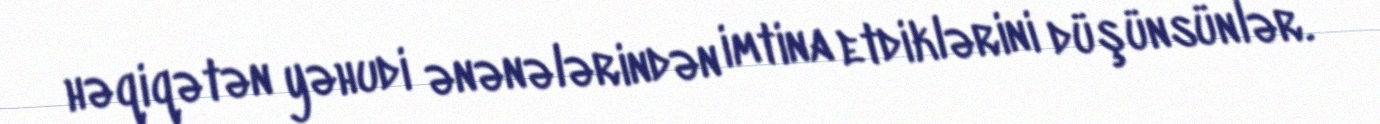
həqiqətən yəhudi ənənələrindən imtina etdiklərini düşünsünlər.